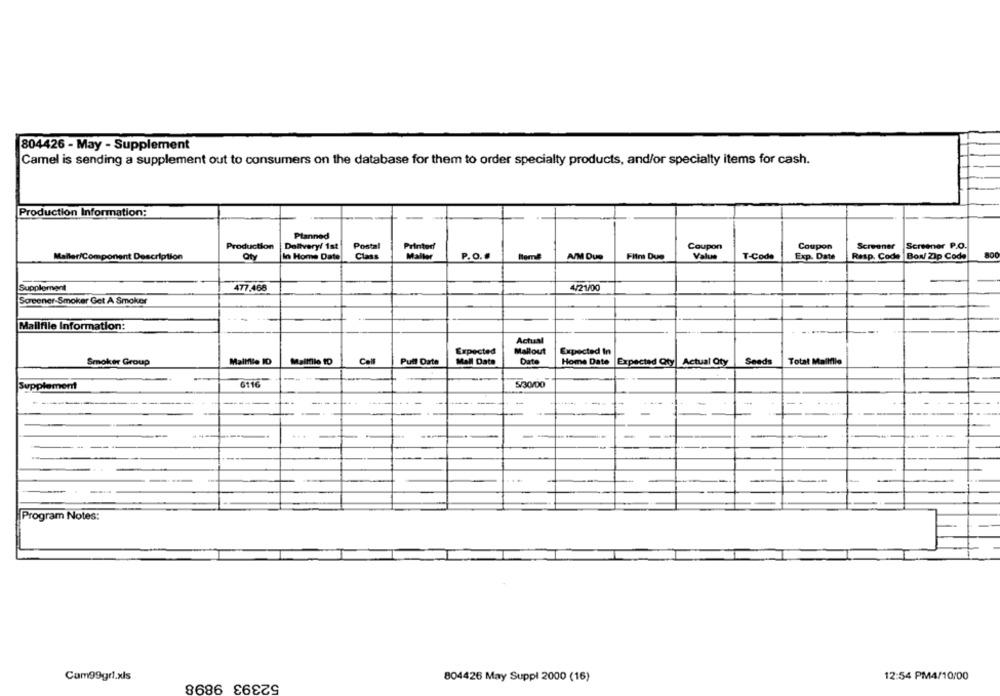
804426 - May - Supplement
Camel is sending a supplement out to consumers on the database for them to order specialty products, and/or specialty items for cash.
Production Information:
Planned
Postal
Production
Delivery/ 1st
Printer!
Coupon
Coupon
Screener
Screener P.O.
Maller/Component Description
Qty
In Home Date
Class
Maller
P.O.
A/M Due
Films Due
Value
T-Code
Exp. Date
Resp. Code |Bow/ Zip Code
BO
Supplement
477.468
4/21/00
Screener-Smoker Get A Smoker
Mallfile Information:
Actual
Expected
Mallout
Expected In
Smoker Group
Mallfile ID
Mailtilo 10
Call
Pull Date
Mall Date
Date
Home Date
Expected Qty Actual Oty
Seeds
Total Mallfile
Supplement
6116
5/30/00
--
-
-
------
Program Notes:
Cam99grl.xls
52393 9898
804426 May Suppl 2000 (16)
12:54 PM4/10/00